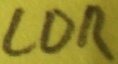
Text: LDR